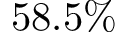
5 8 . 5 \%